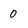
Character: 0